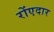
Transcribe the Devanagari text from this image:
रोंएदार